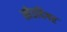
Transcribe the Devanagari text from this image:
खेडदिगर